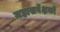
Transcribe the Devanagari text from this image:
महासर्वेक्षकों